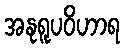
အနုရူပဝိဟာရ